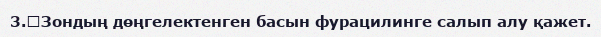
3.	Зондың дөңгелектенген басын фурацилинге салып алу қажет.